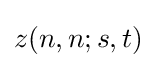
z(n,n;s,t)